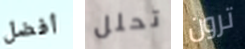
أفضل تحلل ترون